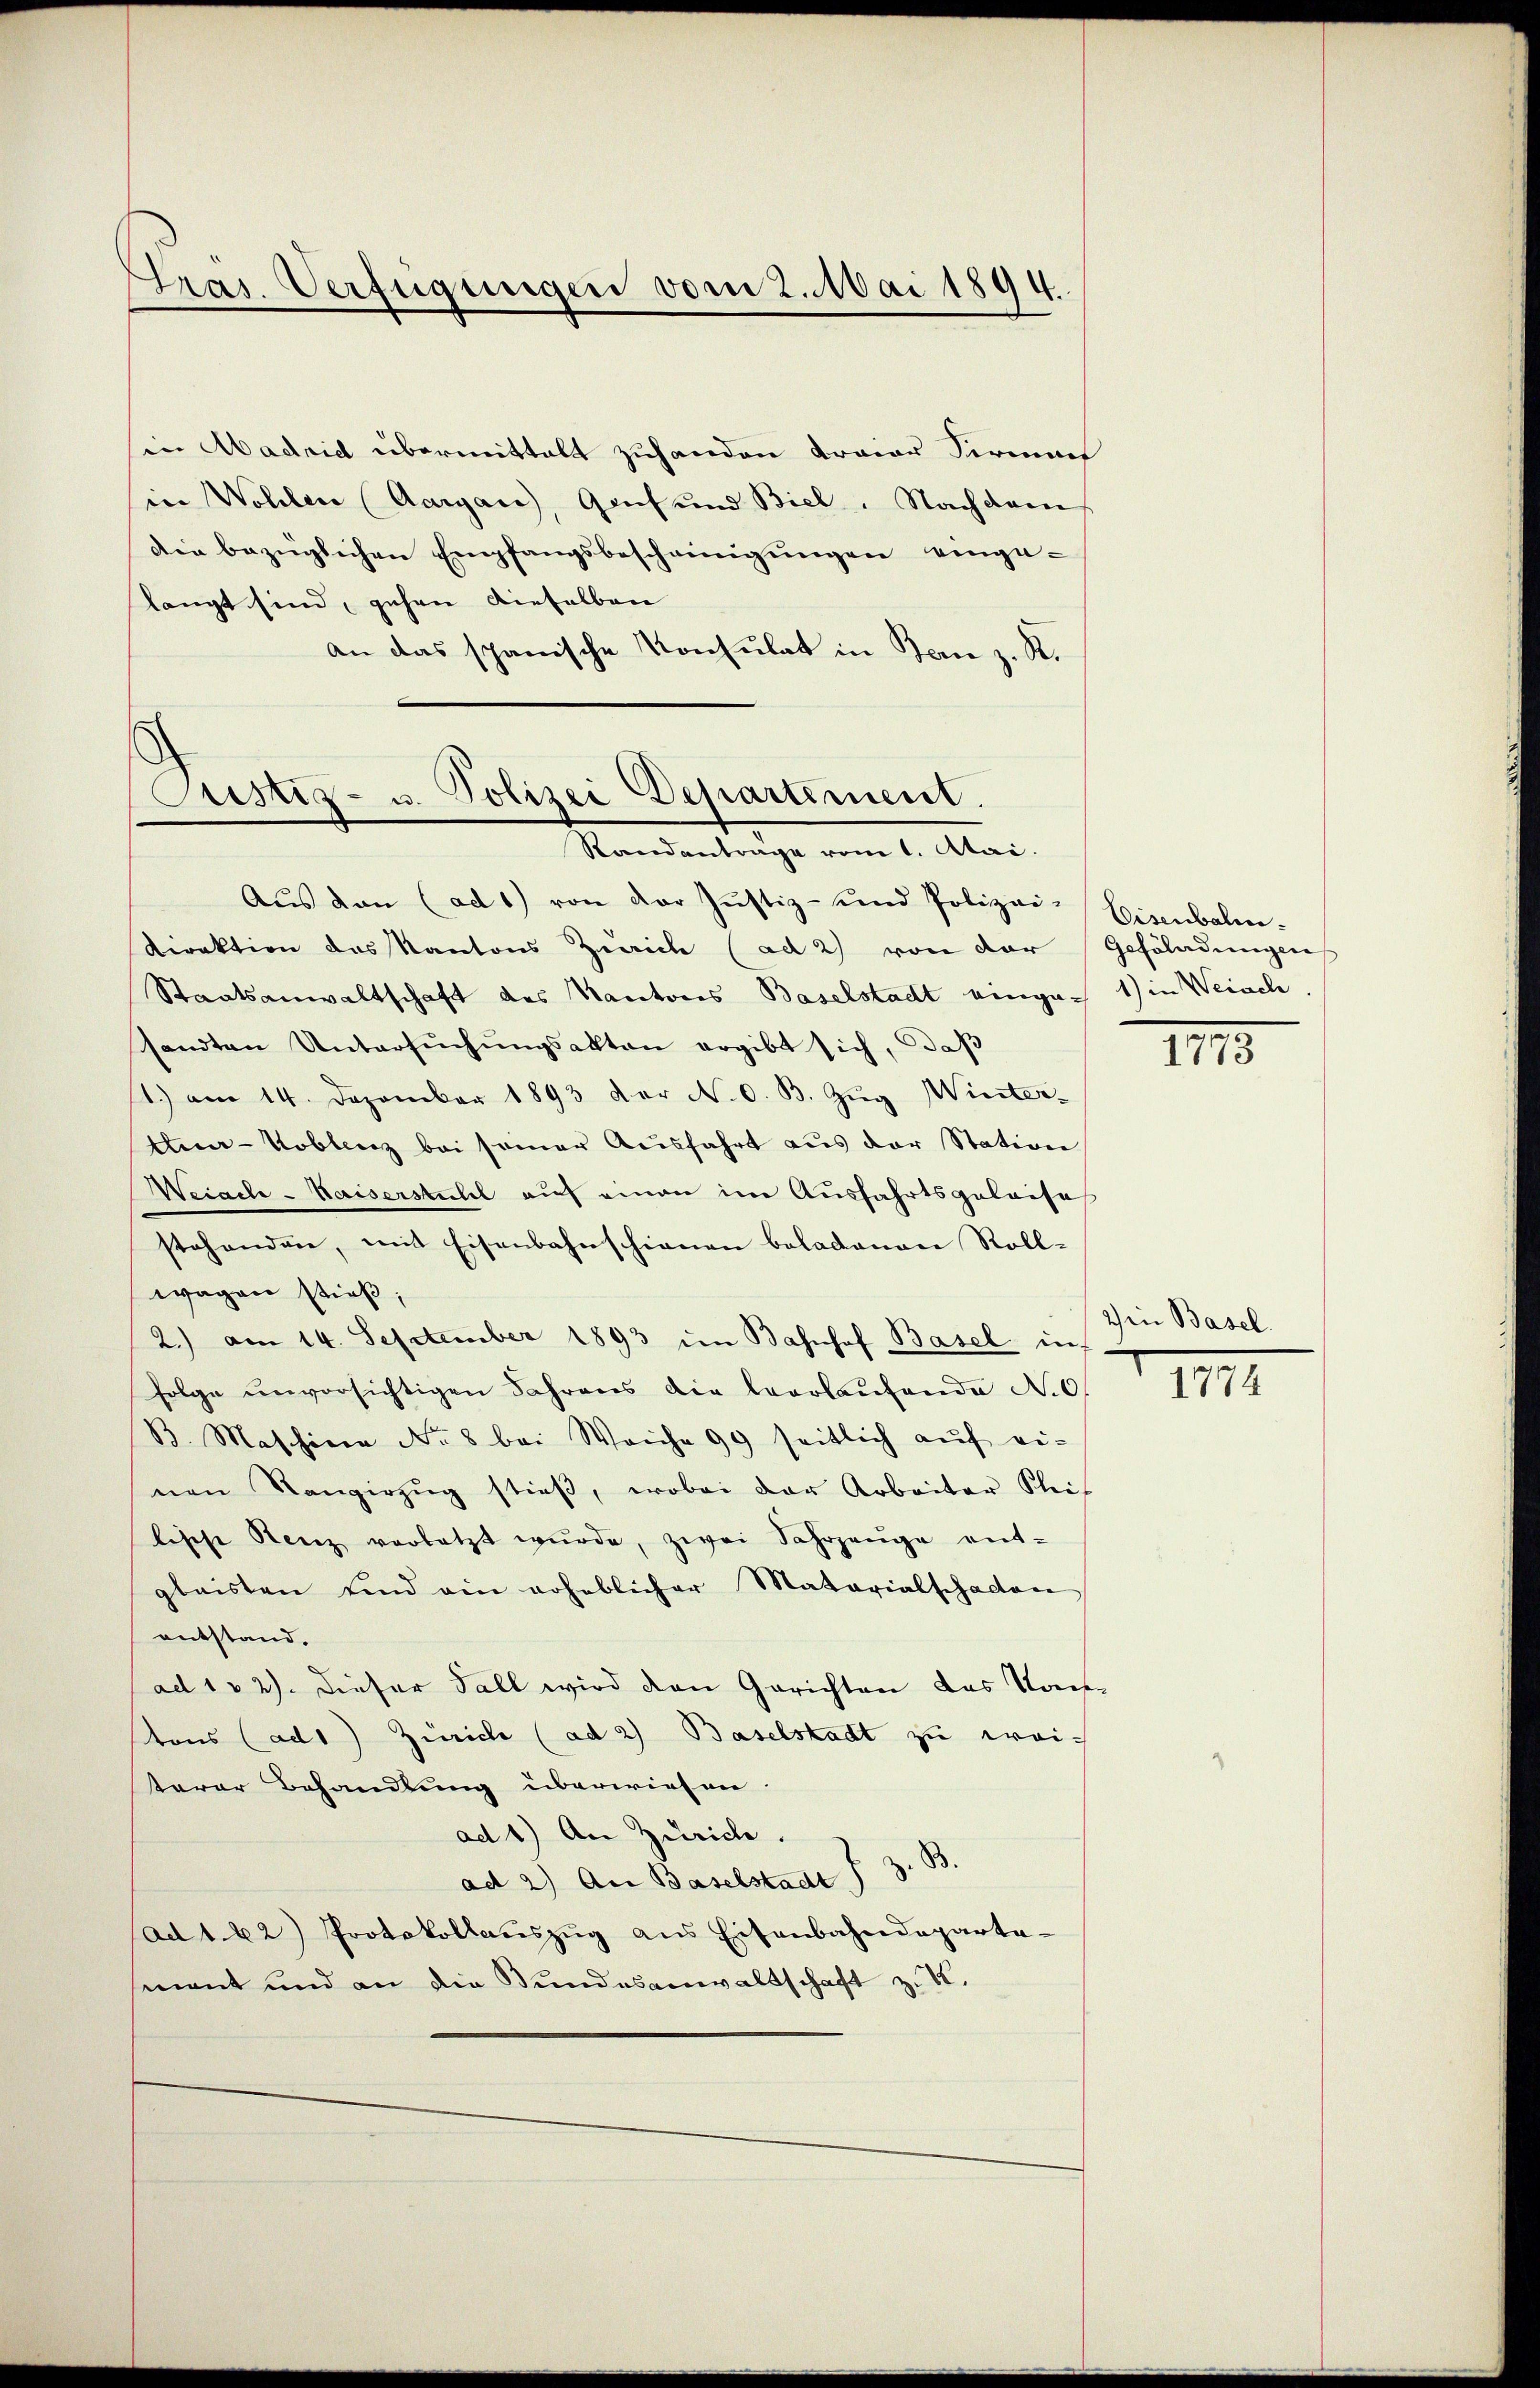
Stras. Verfügungen vom 2. Mai 1894.

in Madrid übermittalt zuhanden traier Sermach
in Wohlen (Aargau, Genf und Biel. Nachdem
Die bezüglichen Empfangsbescheinigungen eingelangt sind, gehen dieselben |
an das spanische Konsulat in Tanz. R.

Justiz- u. Polizei Departement.
Randanträge vom 1. Mai.

Aŭs den (ad 1) von der Justiz- und Polizei-Eisenbahn-
Direktion des Kantons Zürich (ad 2) von der
Staatsanwaltschaft des Kantores Baselstadt eingen 1) in Weigele
sandten Untersŭchŭngsakten ergibt sich, daß
1.) am 14. Dezember 1893 der N. O. B. Zŭg Wintert-Koblenz bei seiner Ausfahrt aus der Station
Weiach-Waiserstichel auf einen im Ausfahrtsgeleise
stehenden, mit Eisenbahnschienen beladenan Rollwagen stieß,
2.) am 14. September 1893 im Bahnhof Basel in
folge unvorsichtigen Jahrens die Verlaŭfende No 6
B. Maschine No 8 bei Weiche 99 seitlich aŭf ei-
nen Rangirzŭg stieβ, wobei der Arbeiter Kleef
lische Stenz verletzt wŭrde, zwei Fahrzeŭge ent-
glaisten und ein erheblicher Materialschaden
entstand,
ad 102). Dieser Fall wird den Gerichten das Kons
tons (ad1) Zürich (ad 2) Baselstadt zu weiterer Behandlung überwiesen.
ad 1) An Zürich.
ad 2) An Baselstadt I 38
(ad 1. 22) Protokollaŭszŭg ans Eisenbahndeparta-
sment und an die Bundesanwaltschaft z. K.

Geföladungen

III5

2) in Basel.

1774